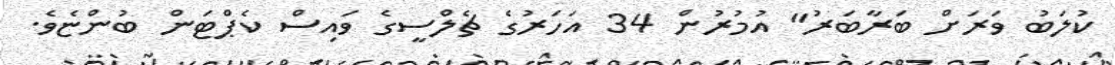
ކުލަބު ވަރަށް ބަރާބަރު" އުމުރުން 34 އަހަރުގެ ޗެލްސީގެ ވައިސް ކެޕްޓަން ބުންޏެވެ.